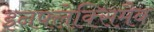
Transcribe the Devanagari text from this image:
इनफ्लेक्सिमैब